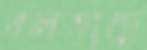
বলতাছে